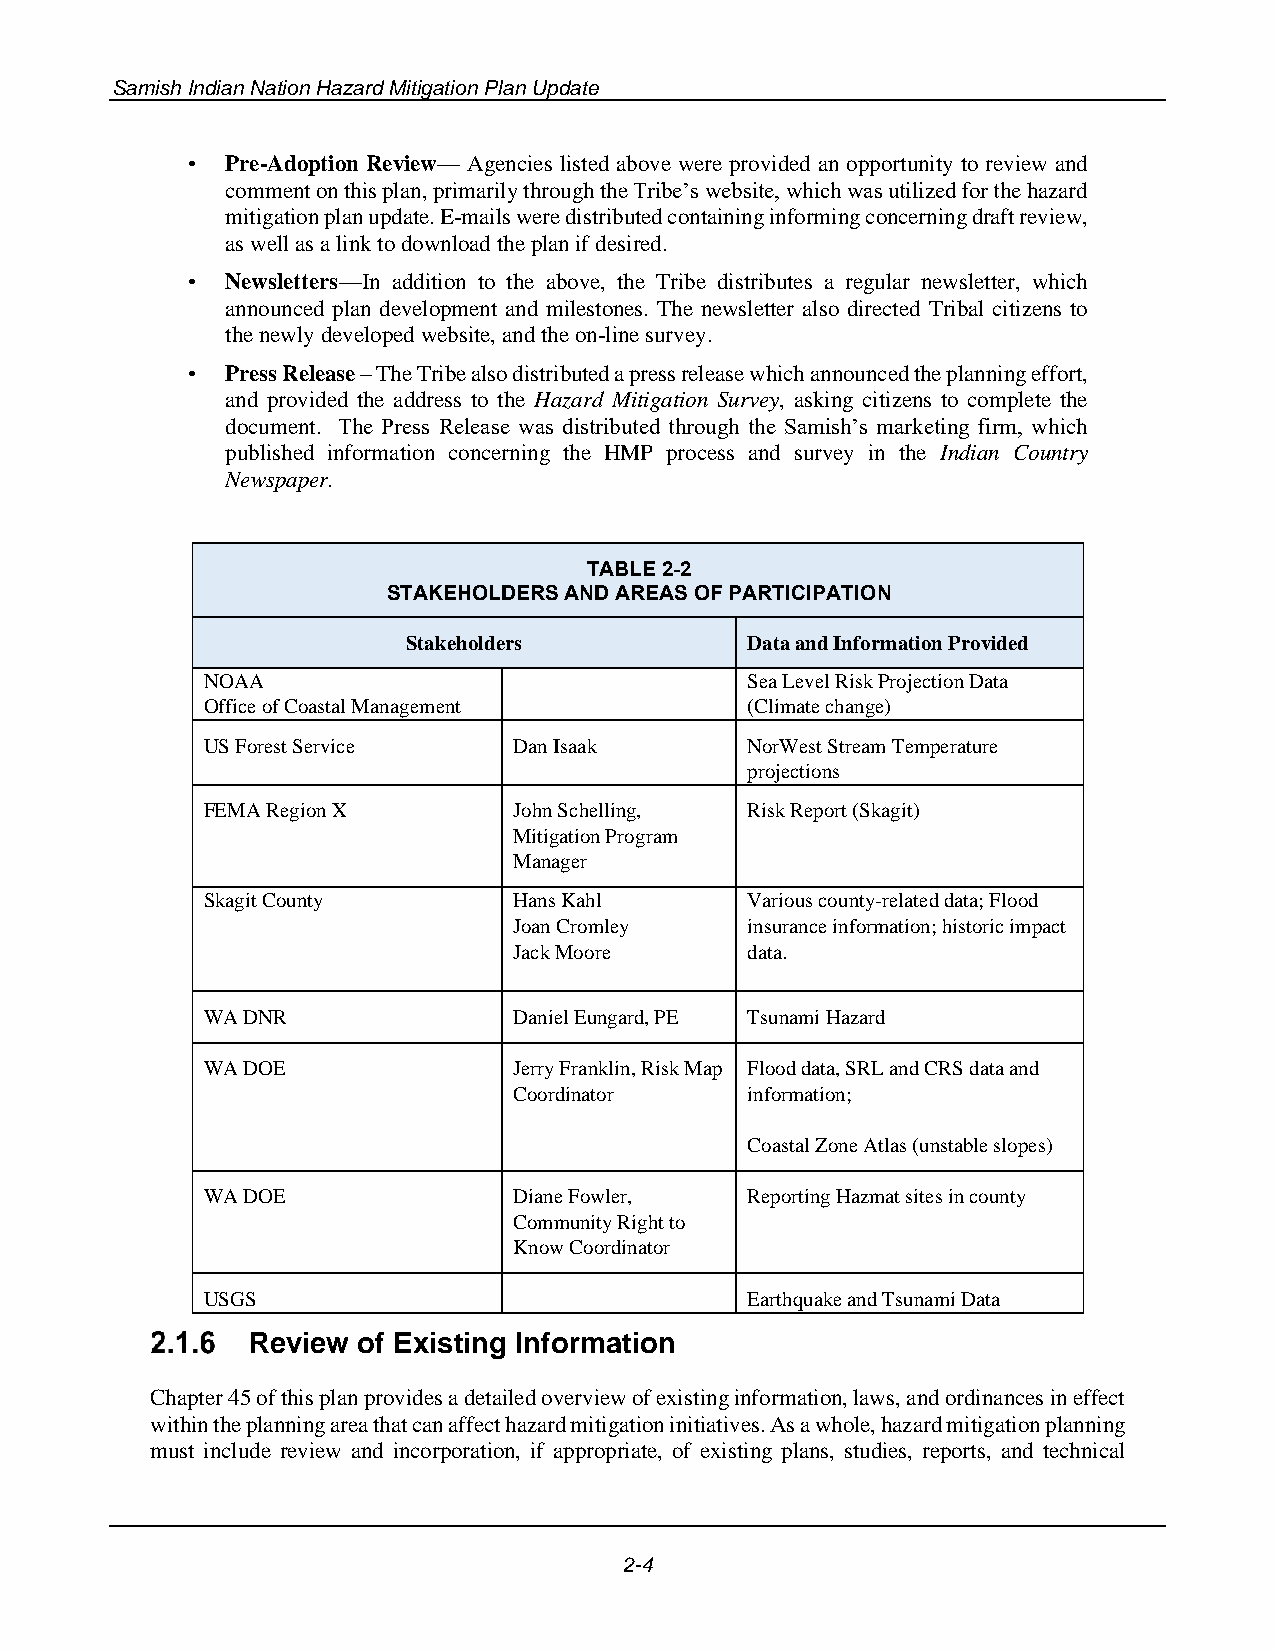
Samish Indian Nation Hazard Mitigation Plan Update
 •  Pre-Adoption Review— Agencies listed above were provided an opportunity to review and
 comment on this plan, primarily through the Tribe’s website, which was utilized for the hazard
 mitigation plan update. E-mails were distributed containing informing concerning draft review,
 as well as a link to download the plan if desired.
 •  Newsletters—In addition to the above, the Tribe distributes a regular newsletter, which
 announced plan development and milestones. The newsletter also directed Tribal citizens to
 the newly developed website, and the on-line survey.
 •  Press Release – The Tribe also distributed a press release which announced the planning effort,
 and provided the address to the Hazard Mitigation Survey, asking citizens to complete the
 document. The Press Release was distributed through the Samish’s marketing firm, which
 published information concerning the HMP process and survey in the Indian Country
 Newspaper.
 TABLE 2-2
 STAKEHOLDERS AND AREAS OF PARTICIPATION
 Stakeholders          Data and Information Provided
 NOAA                                Sea Level Risk Projection Data
 Office of Coastal Management        (Climate change)
 US Forest Service    Dan Isaak      NorWest Stream Temperature
 projections
 FEMA Region X        John Schelling, Risk Report (Skagit)
 Mitigation Program
 Manager
 Skagit County        Hans Kahl      Various county-related data; Flood
 Joan Cromley   insurance information; historic impact
 Jack Moore     data.
 WA DNR               Daniel Eungard, PE Tsunami Hazard
 WA DOE               Jerry Franklin, Risk Map Flood data, SRL and CRS data and
 Coordinator    information;
 Coastal Zone Atlas (unstable slopes)
 WA DOE               Diane Fowler,  Reporting Hazmat sites in county
 Community Right to
 Know Coordinator
 USGS                                Earthquake and Tsunami Data
 Review of Existing Information
 Chapter 45 of this plan provides a detailed overview of existing information, laws, and ordinances in effect
 within the planning area that can affect hazard mitigation initiatives. As a whole, hazard mitigation planning
 must include review and incorporation, if appropriate, of existing plans, studies, reports, and technical
 2-4